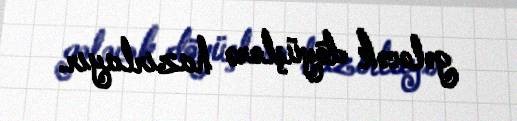
gələcək döyüşlərə hazırlayır.